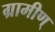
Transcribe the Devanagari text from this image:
ग्रामीण्